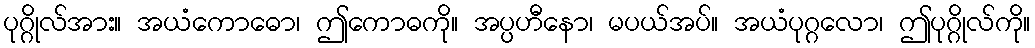
ပုဂ္ဂိုလ်အား။ အယံကောဓော၊ ဤကောဓကို။ အပ္ပဟီနော၊ မပယ်အပ်။ အယံပုဂ္ဂလော၊ ဤပုဂ္ဂိုလ်ကို။